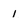
Character: 1